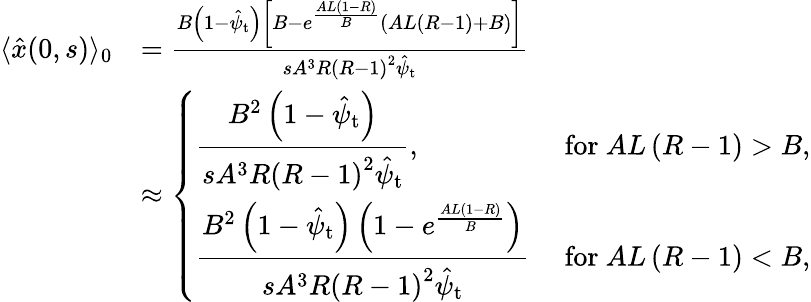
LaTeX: \begin{array}{rl}{\langle\hat{x}(0,s)\rangle_{0}}&{=\frac{B\left(1-\hat{\psi}_{\mathrm{t}}\right)\left[B-e^{\frac{AL(1-R)}{B}}\left(AL\left(R-1\right)+B\right)\right]}{sA^{3}R\left(R-1\right)^{2}\hat{\psi}_{\mathrm{t}}}}\\ &{\approx\left\{ \begin{array}{ll}{\displaystyle\frac{B^{2}\left(1-\hat{\psi}_{\mathrm{t}}\right)}{sA^{3}R\left(R-1\right)^{2}\hat{\psi}_{\mathrm{t}}},}&{\mathrm{~for~}AL\left(R-1\right)>B,}\\ {\displaystyle\frac{B^{2}\left(1-\hat{\psi}_{\mathrm{t}}\right)\left(1-e^{\frac{AL(1-R)}{B}}\right)}{sA^{3}R\left(R-1\right)^{2}\hat{\psi}_{\mathrm{t}}}}&{\mathrm{~for~}AL\left(R-1\right)<B,}\end{array}\right.}\end{array}